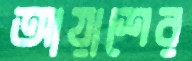
আয়াশের